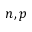
n , p